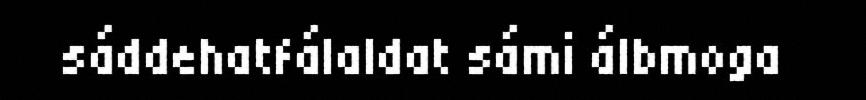
sáddehatfálaldat sámi álbmoga